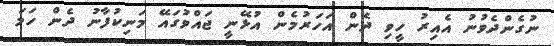
ނުގެންދެވުނު އެއިރު ހީވި ދެން އަހަރުމެން އުޅޭނީ ޖައްވުގައޭ މަނިކުފާނު ދެން ހަމަ